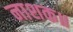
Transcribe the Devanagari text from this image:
नाशक॥